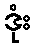
ဒုံး